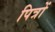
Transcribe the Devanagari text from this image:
पित्रों